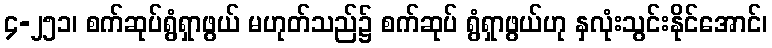
၄-၂၅၁၊ စက်ဆုပ်ရွံရှာဖွယ် မဟုတ်သည်၌ စက်ဆုပ် ရွံရှာဖွယ်ဟု နှလုံးသွင်းနိုင်အောင်၊